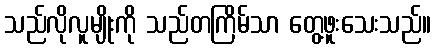
သည်လိုလူမျိုးကို သည်တကြိမ်သာ တွေ့ဖူးသေးသည်။